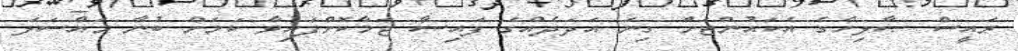
ރައީސް ޞާލިހްގެ އެކައުންޓަށް ގިނަ އަދަދެއްގެ ފައިސާ ޖަމާކޮށްފައިވާ ކަމަށް ބުނާ މައްސަލަ